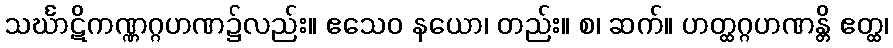
သင်္ဃာဋိကဏ္ဏဂ္ဂဟဏ၌လည်း။ ဧသေဝ နယော၊ တည်း။ စ၊ ဆက်။ ဟတ္ထဂ္ဂဟဏန္တိ ဧတ္ထ၊